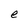
Character: e